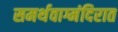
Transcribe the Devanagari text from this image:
समर्थवाग्मंदिरात